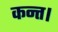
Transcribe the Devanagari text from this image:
कन्‍त।